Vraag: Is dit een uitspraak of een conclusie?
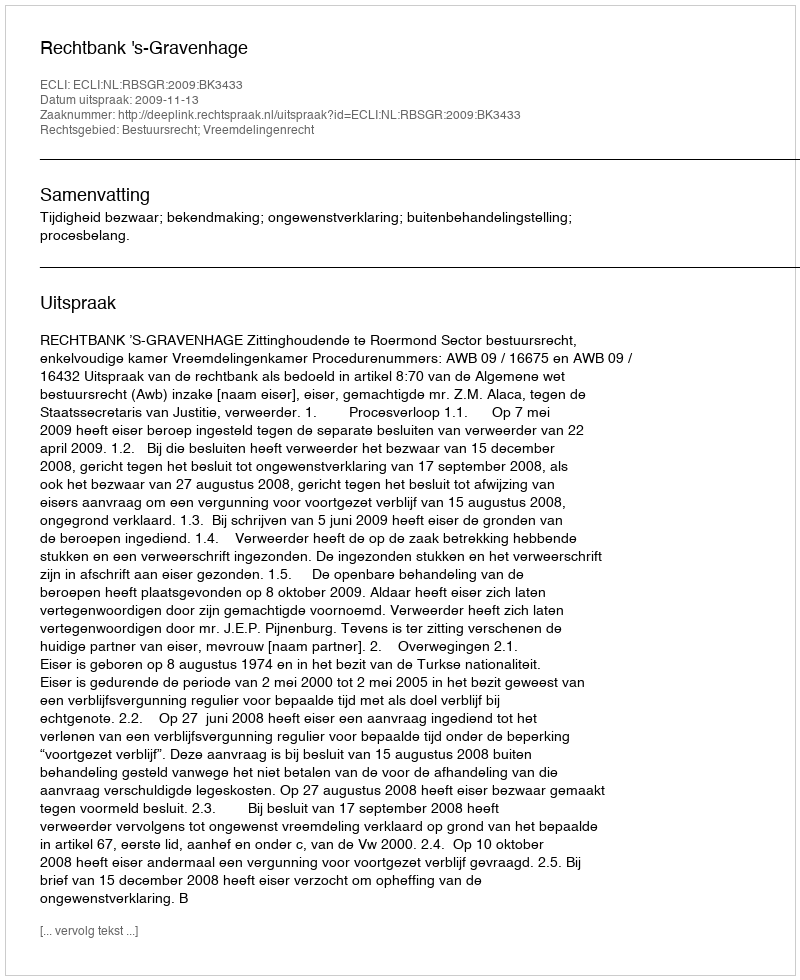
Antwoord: Uitspraak